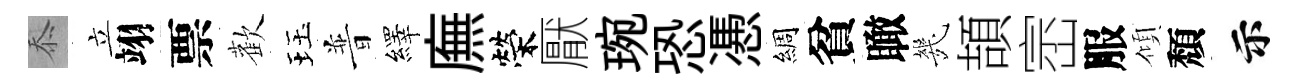
忝立翊票歡珏普繹廡榮厭琬恐慿綢貧瞰㡬頡崈服傾頽示